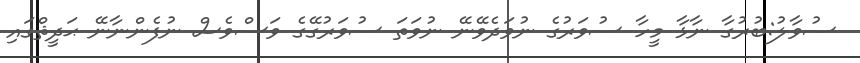
ސުވާލު:ބުރުގާ ނާޅާ މީހާ ސުވަރުގެ ނުވަދެވޭނޭ ނުވަތަ ސުވަރުގޭގެ ވަސްވެސް ނުފެންނާނޭ ޙަދީޘްގައި